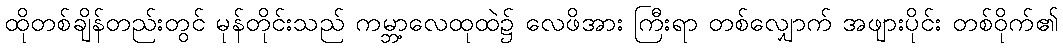
ထိုတစ်ချိန်တည်းတွင် မုန်တိုင်းသည် ကမ္ဘာ့လေထုထဲ၌ လေဖိအား ကြီးရာ တစ်လျှောက် အဖျားပိုင်း တစ်ဝိုက်၏